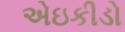
એઇકીડો